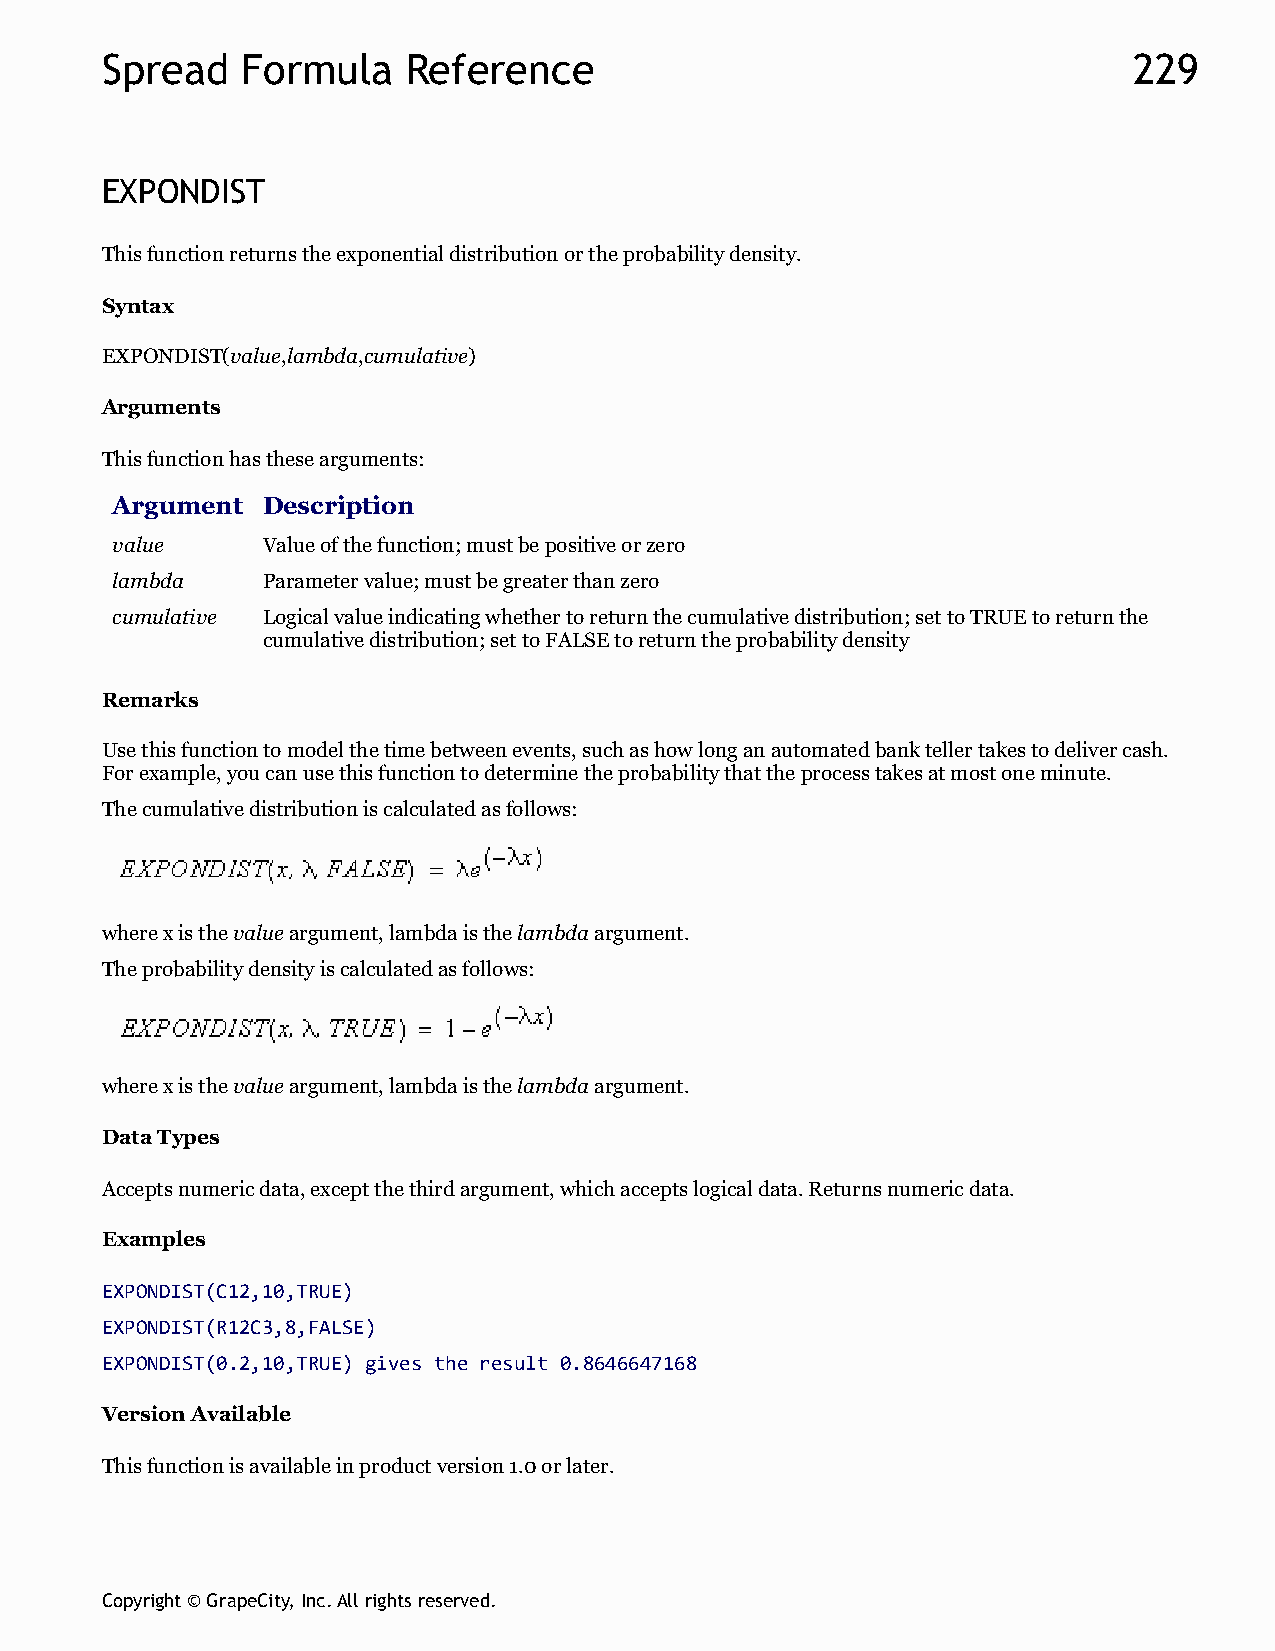
Spread   Formula    Reference                                       229
 EXPONDIST
 This function returns the exponential distribution or the probability density.
 Syntax
 EXPONDIST(value,lambda,cumulative)
 Arguments
 This function has these arguments:
 Argument  Description
 value     Value of the function; must be positive or zero
 lambda    Parameter value; must be greater than zero
 cumulative Logical value indicating whether to return the cumulative distribution; set to TRUE to return the
 cumulative distribution; set to FALSE to return the probability density
 Remarks
 Use this function to model the time between events, such as how long an automated bank teller takes to deliver cash.
 For example, you can use this function to determine the probability that the process takes at most one minute.
 The cumulative distribution is calculated as follows:
 where x is the value argument, lambda is the lambda argument.
 The probability density is calculated as follows:
 where x is the value argument, lambda is the lambda argument.
 Data Types
 Accepts numeric data, except the third argument, which accepts logical data. Returns numeric data.
 Examples
 EXPONDIST(C12,10,TRUE)
 EXPONDIST(R12C3,8,FALSE)
 EXPONDIST(0.2,10,TRUE) gives the result 0.8646647168
 Version Available
 This function is available in product version 1.0 or later.
 Copyright © GrapeCity, Inc. All rights reserved.